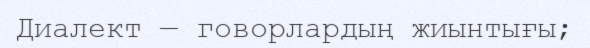
Диалект — говорлардың жиынтығы;